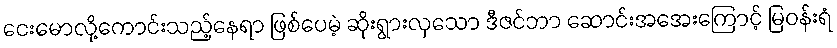
ငေးမောလို့ကောင်းသည့်နေရာ ဖြစ်ပေမဲ့ ဆိုးရွားလှသော ဒီဇင်ဘာ ဆောင်းအအေးကြောင့် မြဝန်းရံ